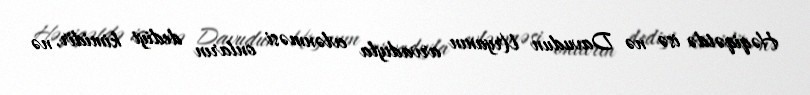
Həqiqətdə isə nə Davudun Uryanın arvadıyla evlənməsi onların dediyi kimidir, nə